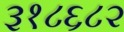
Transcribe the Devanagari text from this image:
३१८६८२